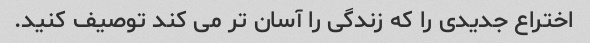
اختراع جدیدی را که زندگی را آسان تر می کند توصیف کنید.